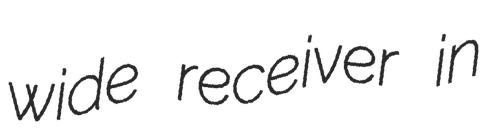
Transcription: wide receiver in